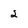
Character: 2